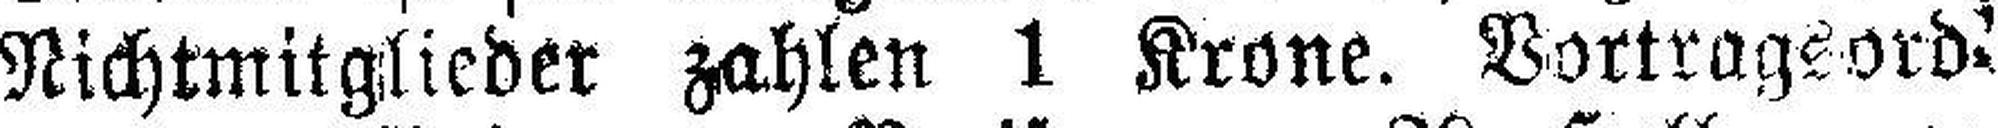
Nichtmitglieder zahlen 1 Krone. Vortragsord¬